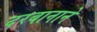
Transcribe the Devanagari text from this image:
दरबानाने